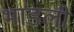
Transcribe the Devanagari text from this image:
भांडली